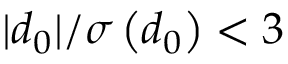
| d _ { 0 } | / \sigma \left( d _ { 0 } \right) < 3